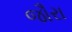
જૌરા